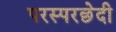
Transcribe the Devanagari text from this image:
परस्परछेदी